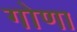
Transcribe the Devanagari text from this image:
गोणा